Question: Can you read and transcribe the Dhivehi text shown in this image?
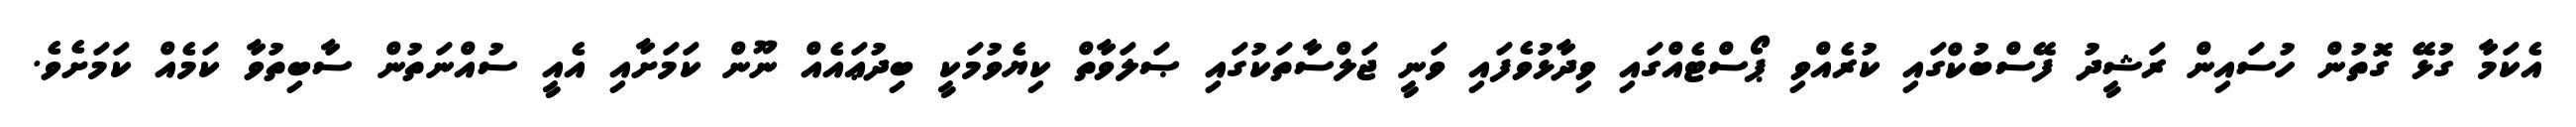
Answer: އެކަމާ ގުޅޭ ގޮތުން ހުސައިން ރަޝީދު ފޭސްބުކްގައި ކުރެއްވި ޕޯސްޓެއްގައި ވިދާޅުވެފައި ވަނީ ޖަލްސާތަކުގައި ޞަލަވާތް ކިޔެވުމަކީ ބިދުޢައެއް ނޫން ކަމަށާއި އެއީ ސުއްނަތުން ސާބިތުވާ ކަމެއް ކަމަށެވެ.